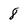
Character: 8